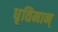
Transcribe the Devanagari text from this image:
धृतिमान्‌